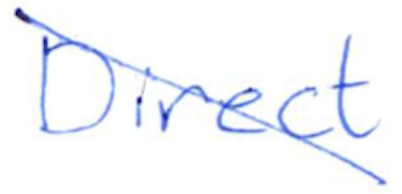
Text: Direct
Cross-out: diagonal
Writing tool: ballpoint